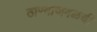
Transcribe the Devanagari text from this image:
ठाण्याजवळची